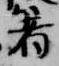
箸